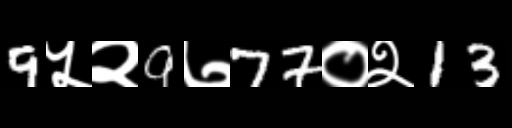
Text: 9५२9७77०२13